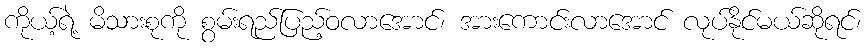
ကိုယ့်ရဲ့ မိသားစုကို စွမ်းရည်ပြည့်ဝလာအောင်၊ အားကောင်းလာအောင် လုပ်နိုင်မယ်ဆိုရင်၊